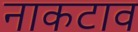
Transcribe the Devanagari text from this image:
नाकटाव